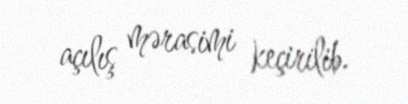
açılış mərasimi keçirilib.